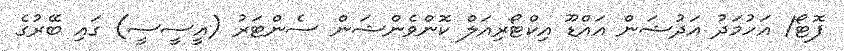
ފޮޓޯ/ އަހުމަދު އަދުޝަން އައްޑޫ އިކްޓޯރިއަލް ކޮންވެންޝަން ސެންޓަރު (އީސީސީ) ގައި ބޭރުގެ